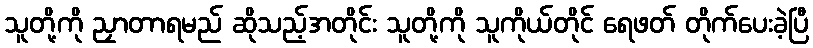
သူတို့ကို ညှာတာရမည် ဆိုသည့်အတိုင်း သူတို့ကို သူကိုယ်တိုင် ရေဖတ် တိုက်ပေးခဲ့ပြီ